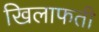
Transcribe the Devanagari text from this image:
खिलाफती